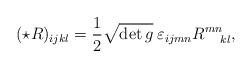
LaTeX: \begin{align*}(\star R)_{ijkl}={1\over2}\sqrt{\det g}\:\varepsilon_{ijmn}R^{mn}_{\:\:\:\:\:\:kl},\end{align*}